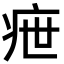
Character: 疶